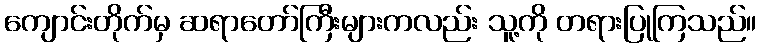
ကျောင်းတိုက်မှ ဆရာတော်ကြီးများကလည်း သူ့ကို တရားပြုကြသည်။